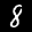
Label: 8